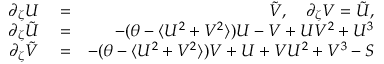
\begin{array} { r l r } { \partial _ { \zeta } U } & { { } = } & { \Tilde { V } , \quad \partial _ { \zeta } V = \Tilde { U } , } \\ { \partial _ { \zeta } \Tilde { U } } & { { } = } & { - ( \theta - \langle U ^ { 2 } + V ^ { 2 } \rangle ) U - V + U V ^ { 2 } + U ^ { 3 } } \\ { \partial _ { \zeta } \Tilde { V } } & { { } = } & { - ( \theta - \langle U ^ { 2 } + V ^ { 2 } \rangle ) V + U + V U ^ { 2 } + V ^ { 3 } - S } \end{array}